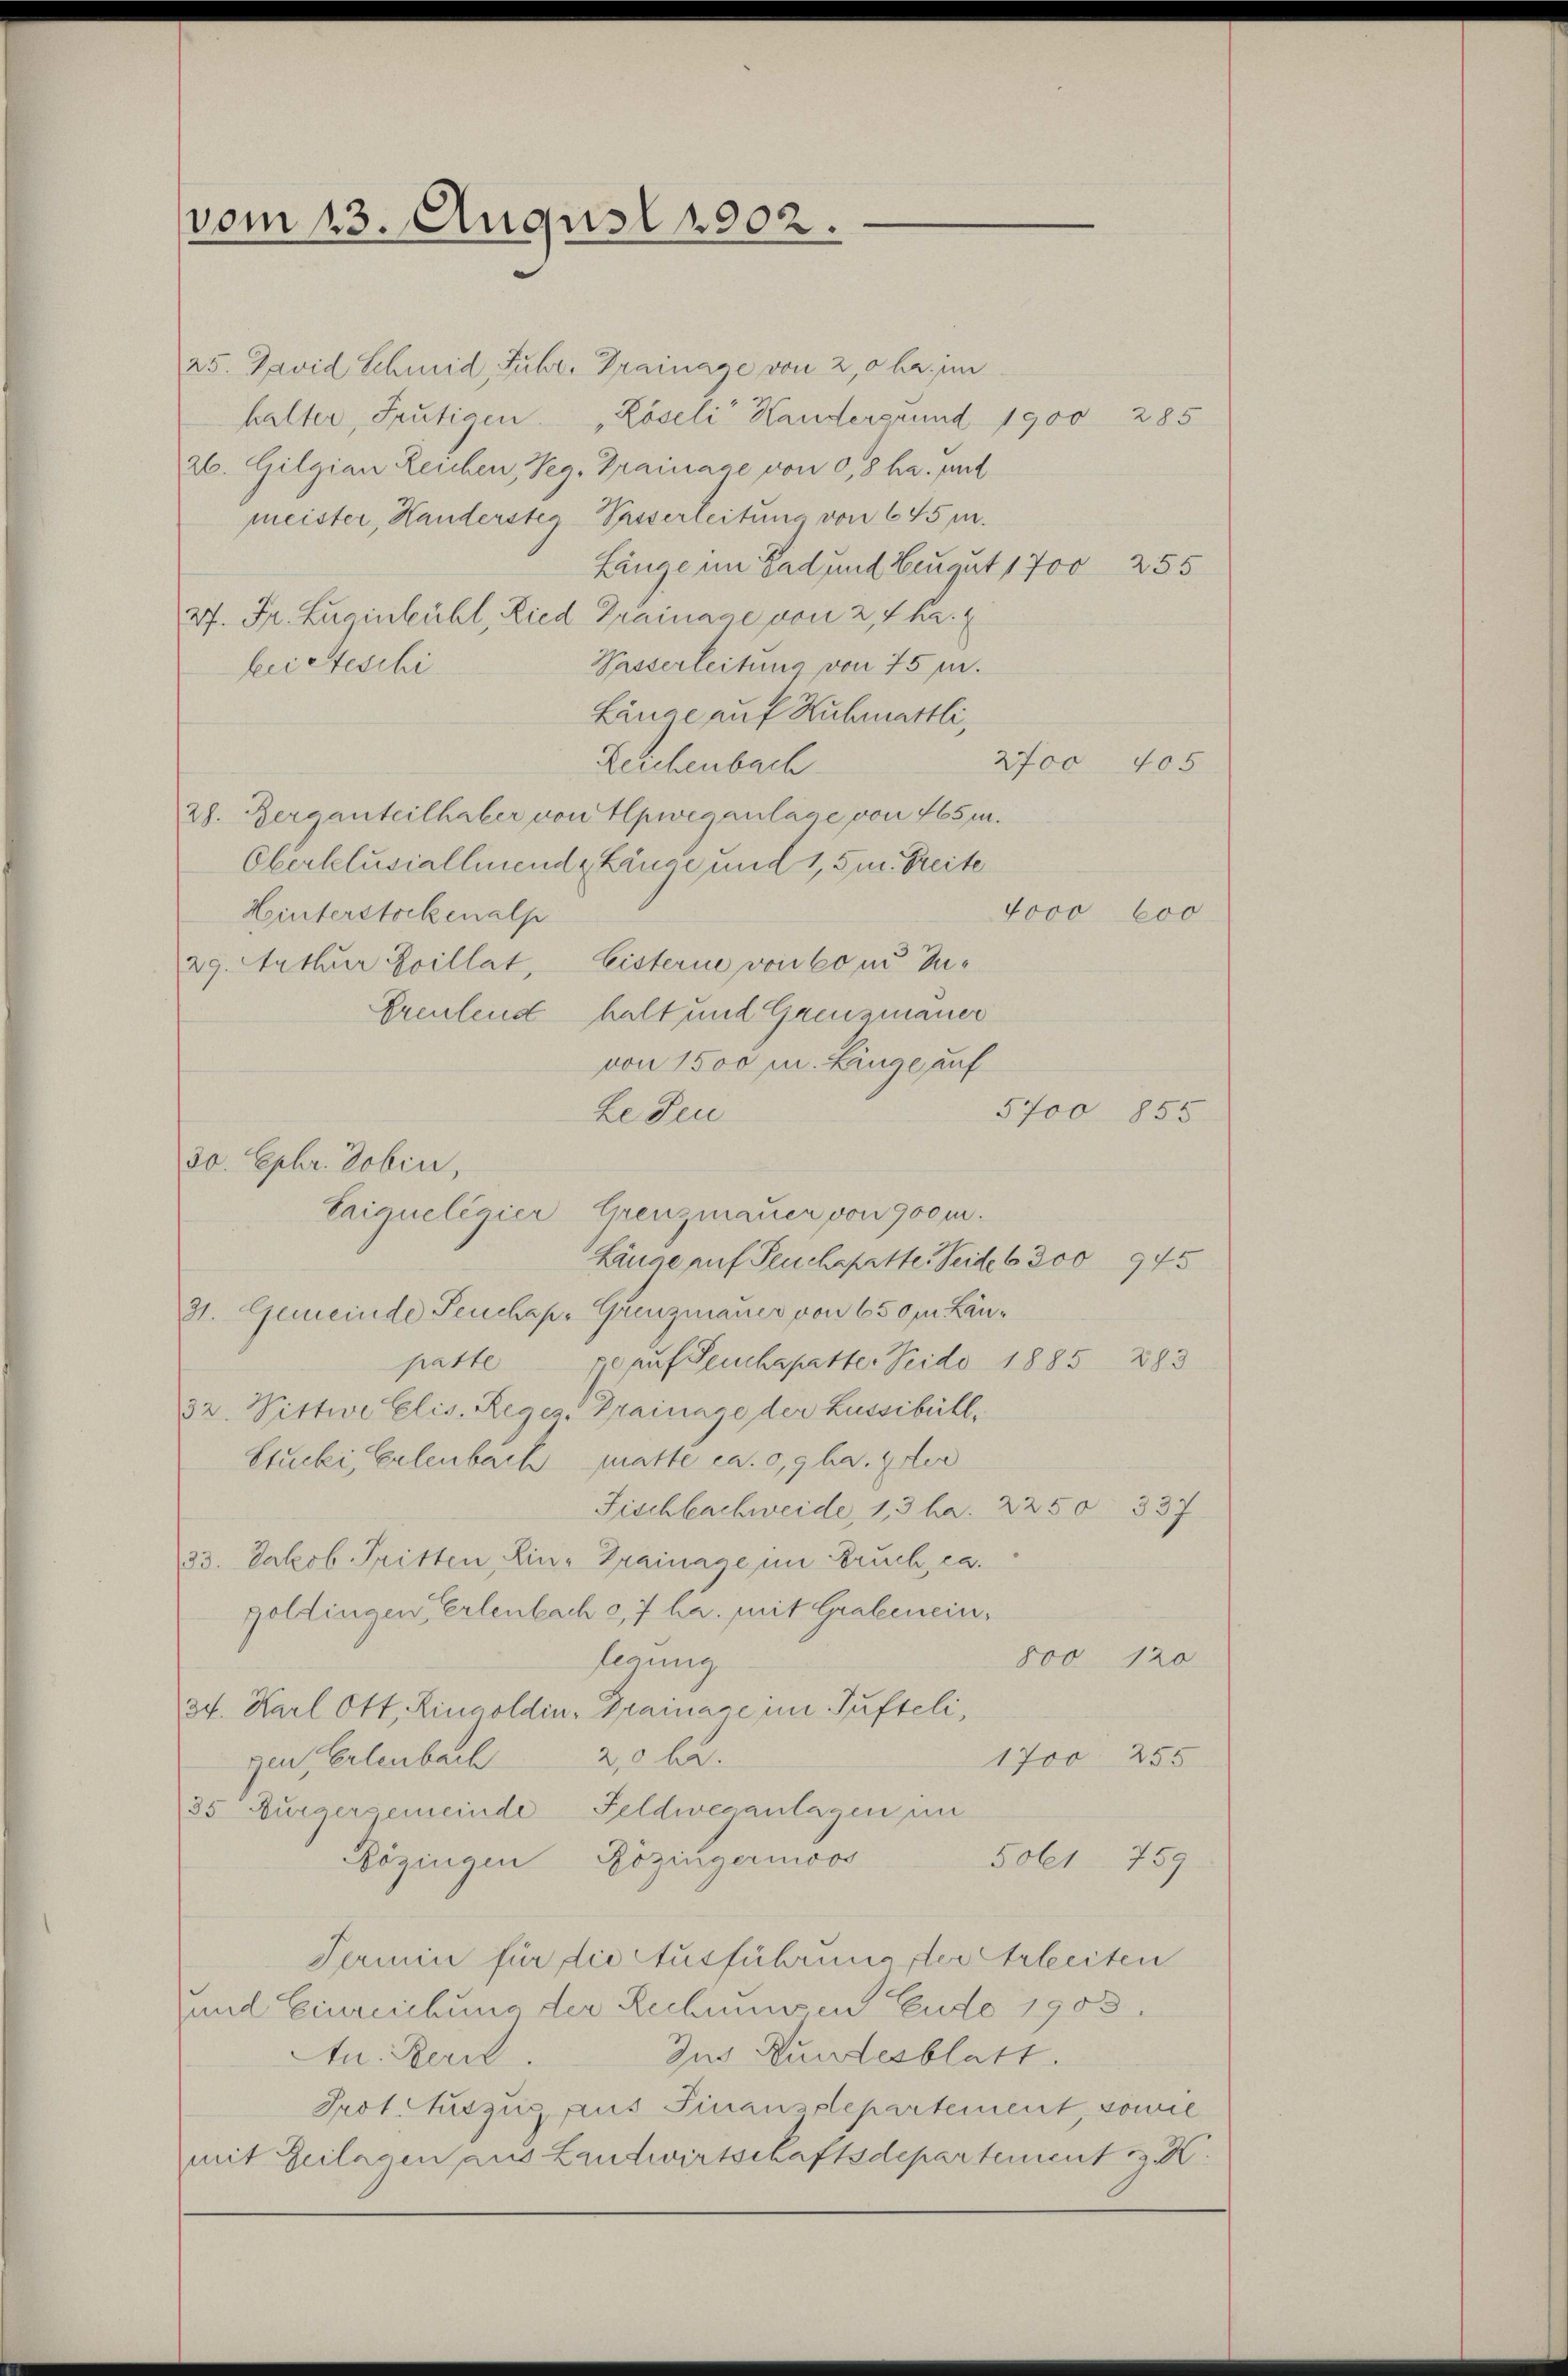
vom 13. August 1902.

25. David Schmid, Fuhr. Drainage von 20 kr. im
halter, Frutigen Röseli Handergrund 1900 285
26. Gilgian Leichen, Peg. Drainage von 0,8 ha. put
meister, Handerstegasserleitung von 645 m.
Länge im Rad und Zeugut 1700 255
27. Fr. Zueinbühl, Lied Drainage von 2, 4 ha.
Wasserleitung von 75 f.
Länge auf Ruhmattli,
2700 405
Zeichenbach
28. Berganteilhaber von Hpweganlage von 465 m.
Oberklusiallmende Länge und 1,5 m Breite
4000 000
Hinterstockenalp
29. Arthur Koillat, Eisterie von so in Zu¬
Greutend
5700 855
31. Gemeinde Feuchap. Grenzmauer von 650m Län¬
70 auf Teuchapetter Neido 1885 883
patte
32. Wittwe Elis. Reges Drainage der Lussibill,
Stucki, Erlenbach matte ca. 0,9 ha. 4ter
Fischbachweide, 1, 3 ha. 2250 337
33. Jakob Tritten, Rin-Grainage im Bruch ca.
goldingen Erlenbach c, 7 ha. mit Grabenein¬
800 120
legung
3t. Karl Ott, Ringoldin-Grainage im Pusteli,
1700 255
gen, Erlenbach 20 be
35 Burgersemeinde Feldweganlagen im
Bözingen Rözingernoos
Solet 759
Termin für die Ausführung der Arbeiten
und Einreichung der Rechnung in Eudo 1903.
Ind Kundesblatt.
An. Bern.
Prot. Auszug aus Finanzdepartement, sonne
mit Zulagen aus Landwirtschaftsdepartement z. K.

kirteschi

30. Ephr. Tobin,

halt und Grenzmauer
von 1500 m. Linge auf
be Seu
Taiqueligier Grenzmauer von 900 m.
Länge auf Seuchepatte. Seidel 300 945